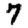
Digit: 7